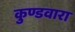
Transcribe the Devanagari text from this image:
कुण्डवारा